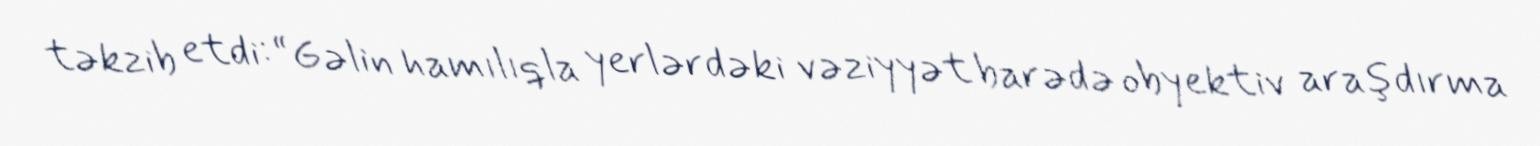
təkzib etdi: “Gəlin hamılıqla yerlərdəki vəziyyət barədə obyektiv araşdırma